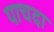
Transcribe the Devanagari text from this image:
पाचदा